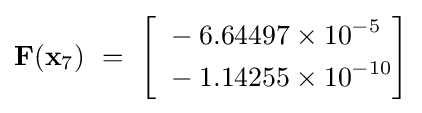
\mathbf {F} (\mathbf {x} _{7})~=~{\begin{bmatrix}{\begin{aligned}~&-6.64497\times 10^{-5}\\~&-1.14255\times 10^{-10}\end{aligned}}\end{bmatrix}}